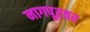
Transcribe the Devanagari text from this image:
नागपूरवर